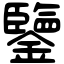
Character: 鑒